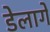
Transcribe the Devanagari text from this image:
डेलागे